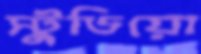
স্টুডিয়ো